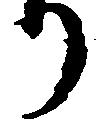
り